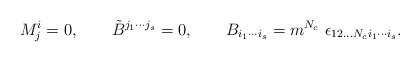
\begin{align*}M^i_j =0, \qquad \tilde B^{j_1\cdots j_s} =0, \qquad B_{i_1 \cdots i_s} =m^{N_c} \ \epsilon_{12...N_c i_1 \cdots i_s}.\end{align*}